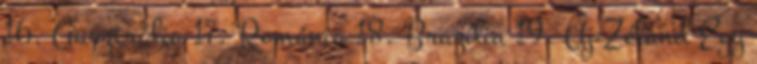
16. Ausztrália 17. Románia 18. Brazília 19. Új-Zéland Egy